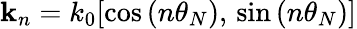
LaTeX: {\mathbf k}_{n}=k_{0}[\cos\left(n\theta_{N}\right),\, \sin\left(n\theta_{N}\right)]